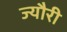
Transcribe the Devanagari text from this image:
ज्यौरी